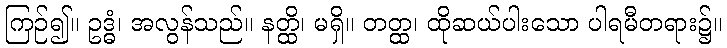
ကြဉ်၍။ ဥဒ္ဓံ၊ အလွန်သည်။ နတ္ထိ၊ မရှိ။ တတ္ထ၊ ထိုဆယ်ပါးသော ပါရမီတရား၌။